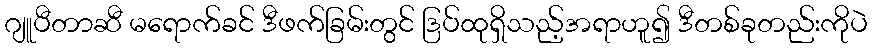
ဂျူပီတာဆီ မရောက်ခင် ဒီဖက်ခြမ်းတွင် ဒြပ်ထုရှိသည့်အရာဟူ၍ ဒီတစ်ခုတည်းကိုပဲ